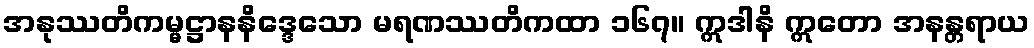
အနုဿတိကမ္မဋ္ဌာနနိဒ္ဒေသော မရဏဿတိကထာ ၁၆၇။ ဣဒါနိ ဣတော အနန္တရာယ